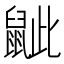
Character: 𪕑